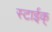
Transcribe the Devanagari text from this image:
स्टाईक्